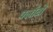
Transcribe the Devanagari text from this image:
पलाँटों